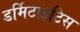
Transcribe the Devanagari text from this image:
डर्मिटाइटिस